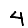
Digit: 4